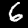
Label: 6